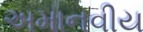
અમાનવીય